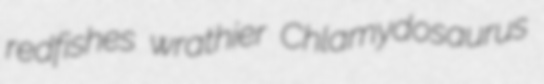
redfishes wrathier Chlamydosaurus